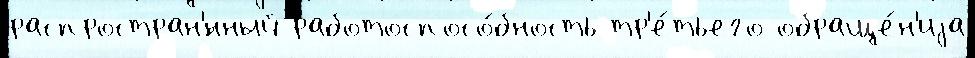
распростран'́нный работоспосо́бность тр'е́тьего обраще́н'иjа